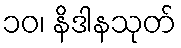
၁၀၊ နိဒါနသုတ်